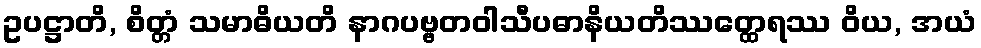
ဥပဋ္ဌာတိ, စိတ္တံ သမာဓိယတိ နာဂပဗ္ဗတဝါသီပဓာနိယတိဿတ္ထေရဿ ဝိယ, အယံ